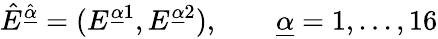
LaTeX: \hat{E}^{\hat{\underline{{{\alpha}}}}}=(E^{\underline{{{\alpha}}}1},E^{{\underline{{{\alpha}}}}2}),\qquad{\underline{{{\alpha}}}}=1,...,16